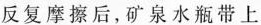
反复摩擦后，矿泉水瓶带上